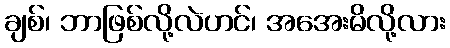
ချစ်၊ ဘာဖြစ်လို့လဲဟင်၊ အအေးမိလို့လား